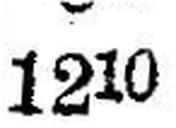
1210